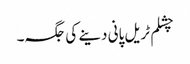
چشلم ٹریل پانی دینے کی جگہ۔